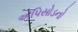
એપિસોડનો